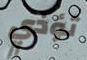
تؤذي